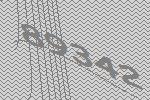
89342